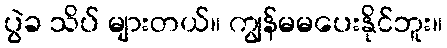
ပွဲခ သိပ် များတယ်။ ကျွန်မမပေးနိုင်ဘူး။